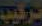
تركيب